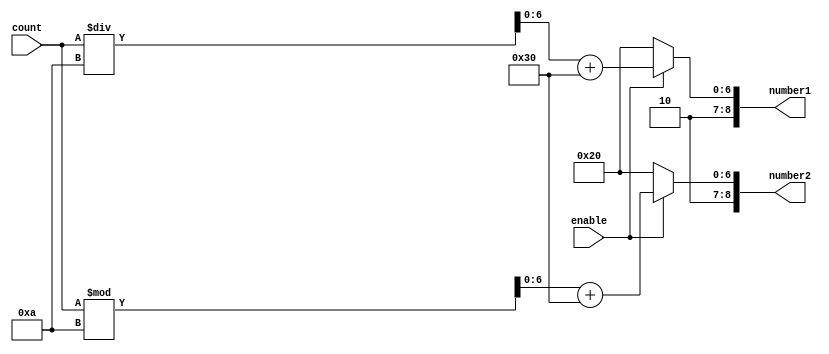

module count_down_1(input [6:0] count,input enable, output reg [8:0] number1,number2);
	reg [6:0] count_n,count_d;
	
	always@(count) begin if(enable==0) begin number1<=9'h120;number2<=9'h120;end
		else begin
		count_n=count/10;
		count_d=count%10;
		
			number1={2'b10,(count_n+7'd48)};
			number2={2'b10,(count_d+7'd48)};
		end
	end

endmodule